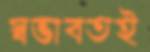
স্বভাবতই